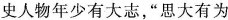
史人物年少有大志，”思大有为